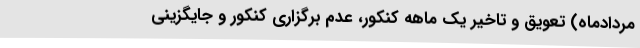
مردادماه) تعویق و تاخیر یک ماهه کنکور، عدم برگزاری کنکور و جایگزینی